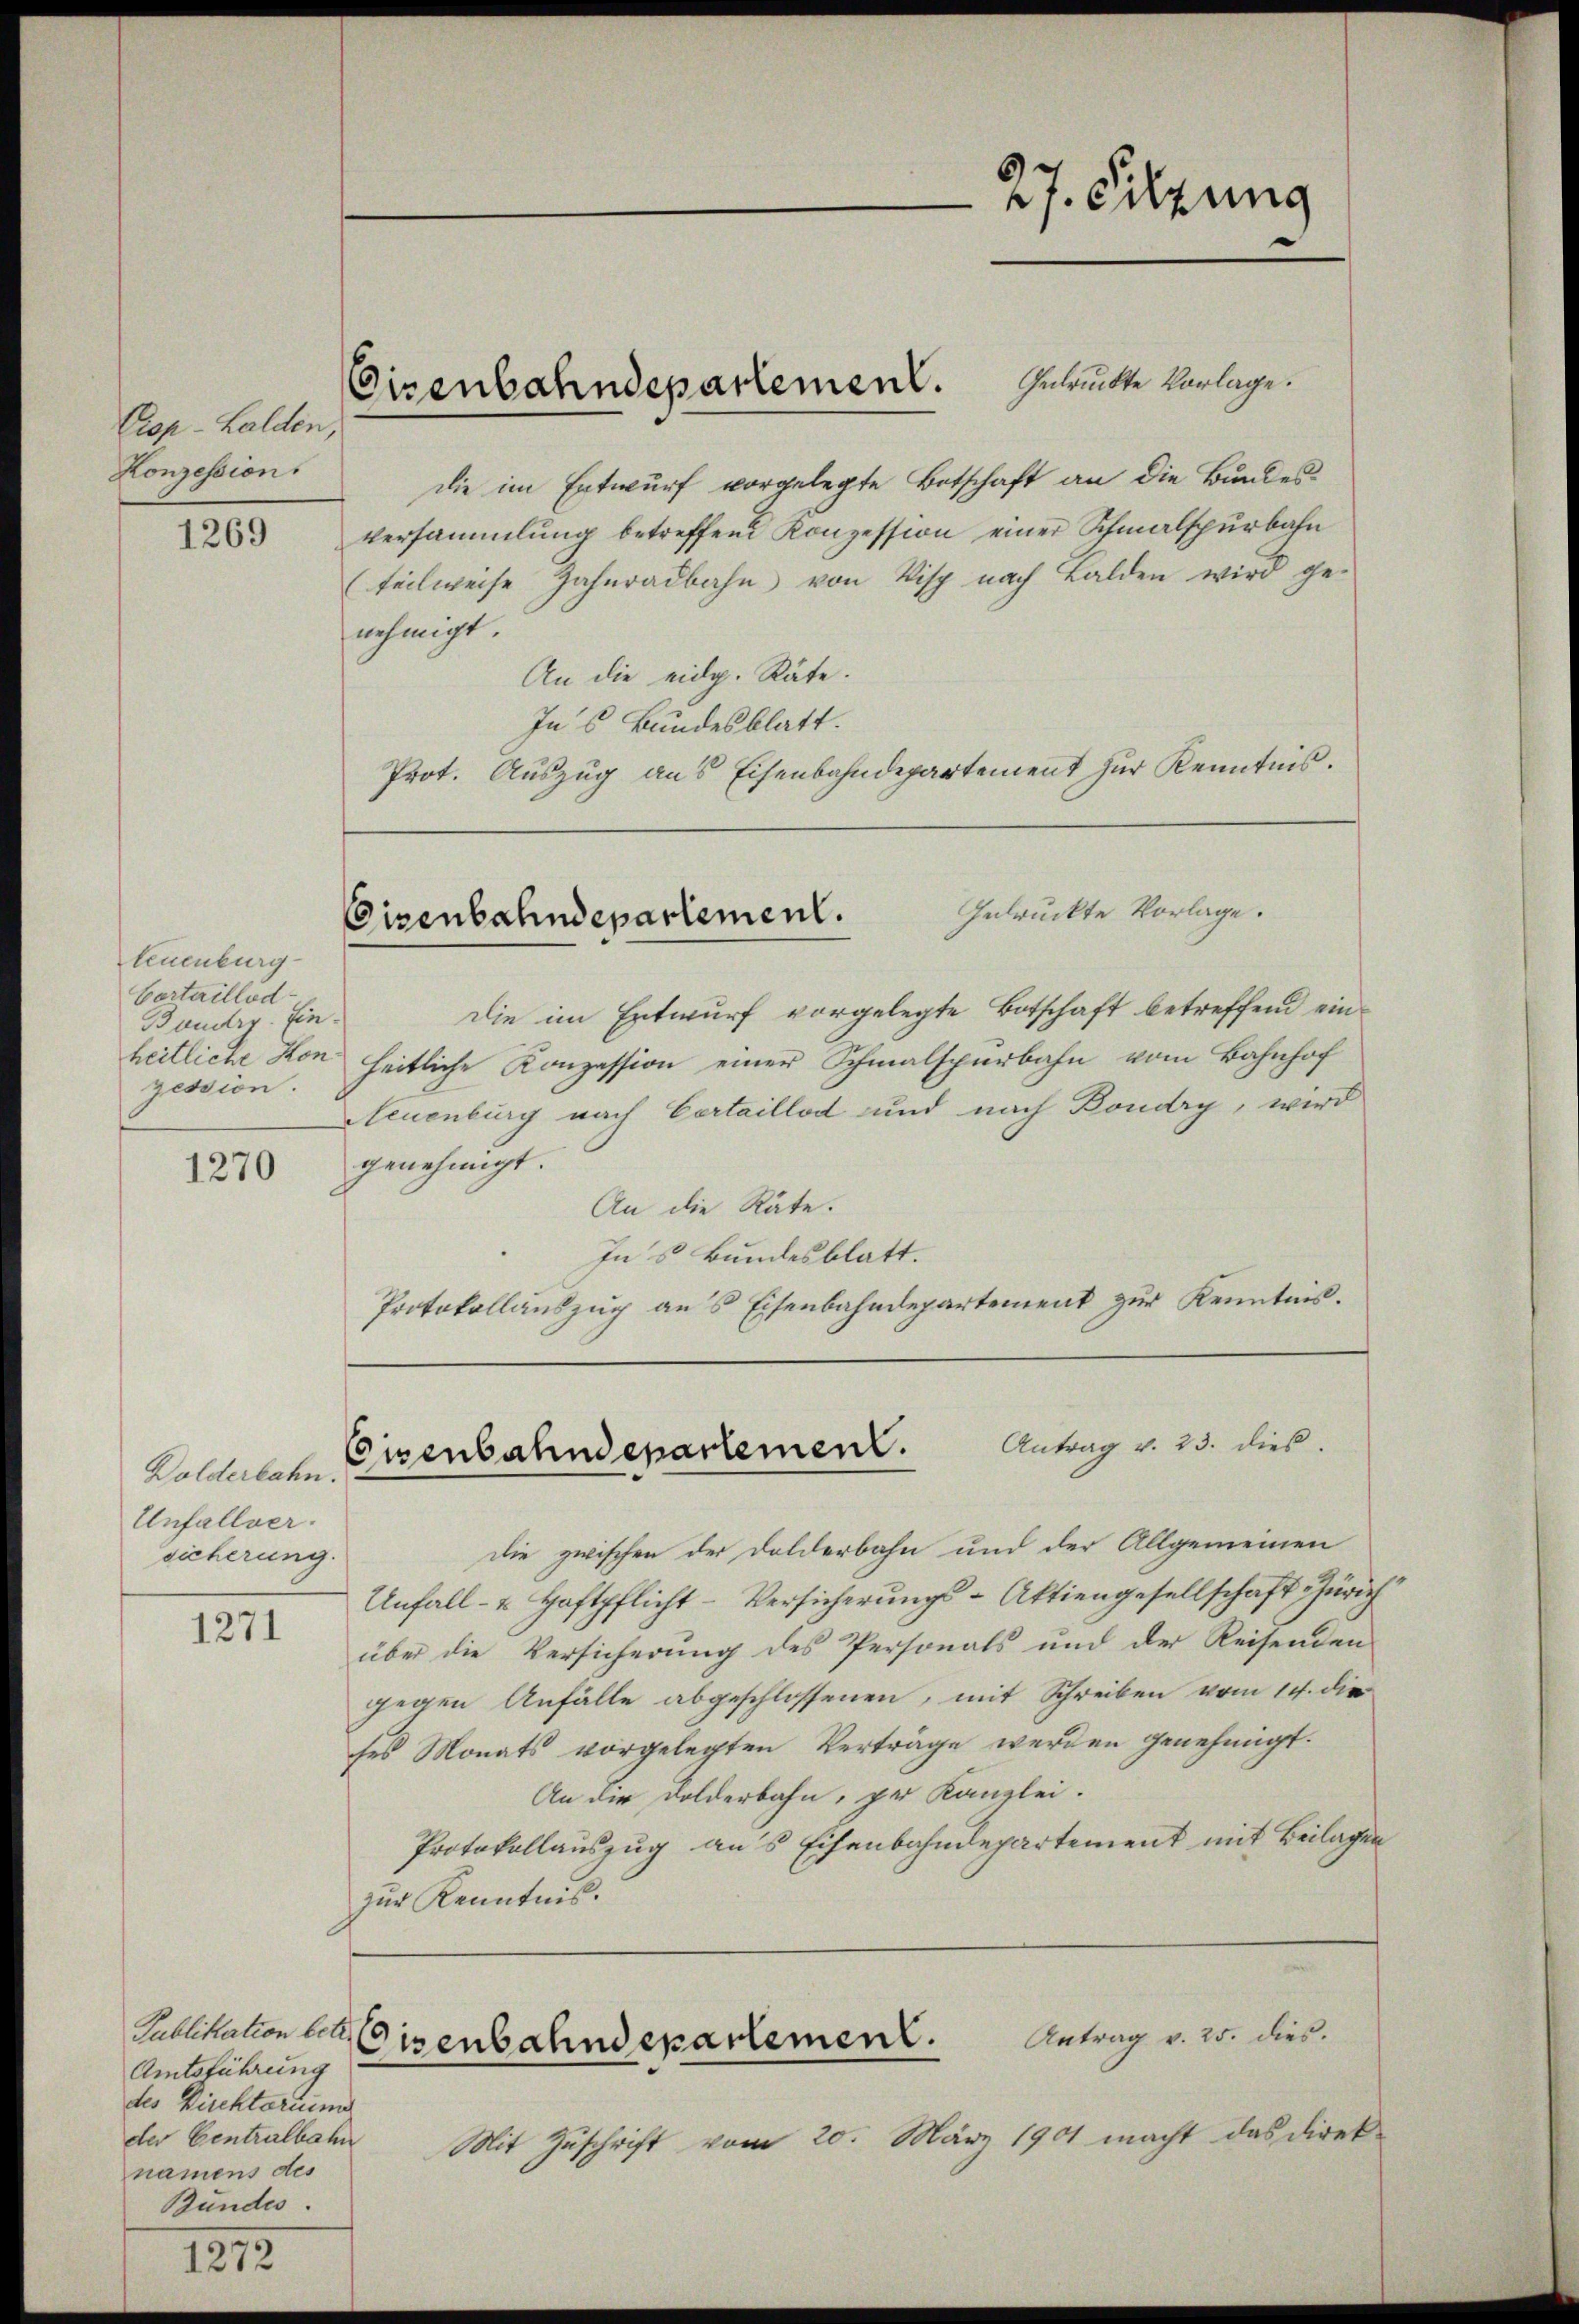
Crop-Lalden,
Konzession.

1269

teuenburg
Cortaillod
Baudry. Einheitliche Hon
zession.

1270

Dolderbahn.
Unfallver.
sicherung.

1271

Publikation betr. 10
Amtsführung
des Kirchtariums
der Centralbahn
namens des
Bundes.

1272

die im Entwurf vorgelegte Botschaft an die Bundes
versammlung betreffend Konzession einer Schmalspurbahn
(teilweise Zahnradbahn von Visch nach Balden wird ge-
nehmigt
An die eidg. Räte.
In 6 Bundesblatt.
Prot. Auszug aus Eisenbahndepartement zur Kenntnis.

Gedruckte Vorlage.
Eisenbahndepartement.

Eisenbahndepartement. Zurückte Vorlage.

27. Sitzung

Die im Entwurf vorgelegte Botschaft betreffend einheitliche Konzession einer Schmalspurbahn vom Bahnhof
Neuenburg nach Certaillod und nach Boudry, wird
genehmigt.
An die Räte.
In s Bundesblatt.
Protokollauszug aus Eisenbahndepartement zur Kenntnis.

Antrag v. 23. dies.
Cisenbahndepartement.

die zwischen der Dolderbahn und der Allgemeinen
Unfall- u. Haftpflicht-Versicherungs-Aktiengesellschaft Zürich
über die Versicherung des Personals und der Reisenden
gegen Anfälle abgeschlossenen, mit Schreiben vom 14. die
ses Monats vorgelegten Verträge werden genehmigt.
An die Dolderbahn, per Kanzlei.
Protokollauszug aus Eisenbahndepartement mit Beilagen
zur Kenntnis.

Antrag v. 25. dies.
wenbahndepartement.

Mit Zuschrift vom 20. März 1901 macht das Direk¬